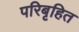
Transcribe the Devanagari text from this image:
परिबृहित